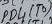
Text: PD4(T0)